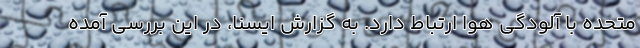
متحده با آلودگی هوا ارتباط دارد. به گزارش ایسنا، در این بررسی آمده